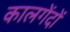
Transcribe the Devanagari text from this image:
कालगेंदों